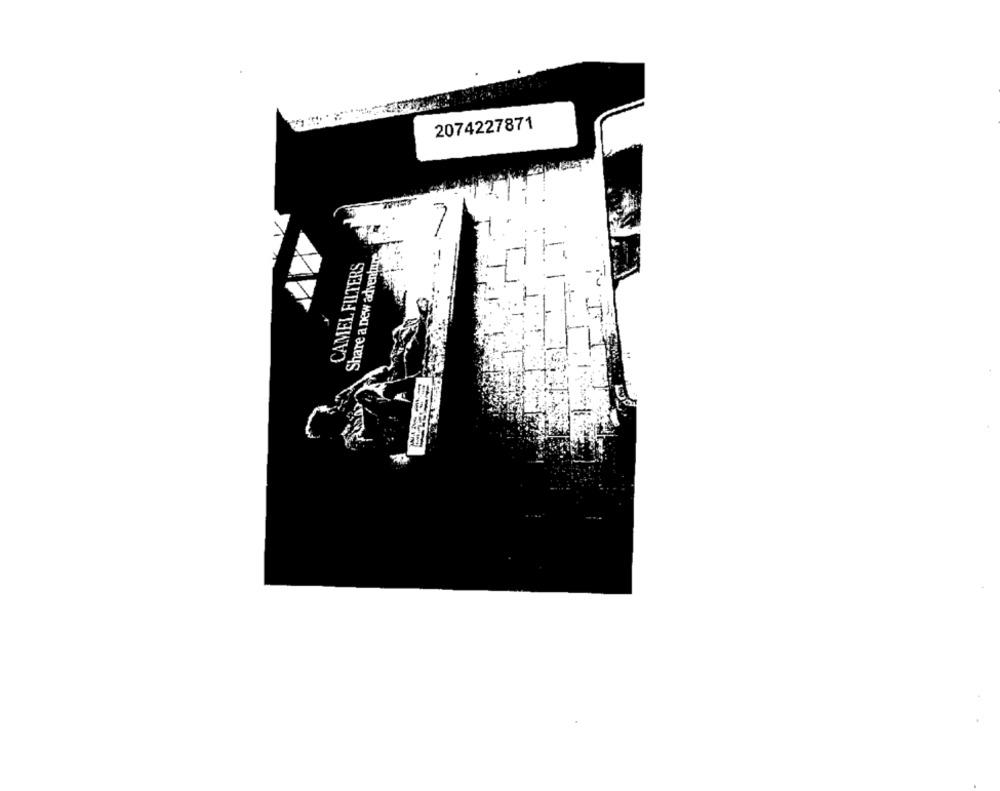
2074227871
Share a new adventure
CAMEL FILTERS